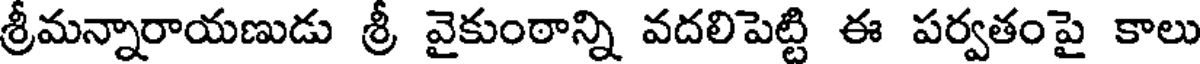
శ్రీమన్నారాయణుడు శ్రీ వైకుంఠాన్ని వదలిపెట్టి ఈ పర్వతంపై కాలు